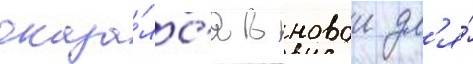
оказа́лс'я в новои дл'я́